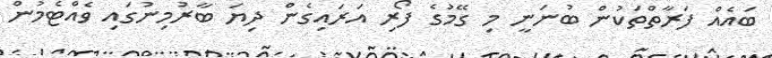
ބައެއް ފަރާތްތަކުން ބުނަނީ މި ގޭމުގެ ފޯރި އަރައިގެން ދިޔަ ބާރުމިނުގައި ވެއްޓެމުން